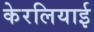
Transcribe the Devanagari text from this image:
केरलियाई